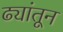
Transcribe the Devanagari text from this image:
ढ्यांतून